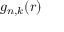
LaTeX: g _ { n , k } ( r )